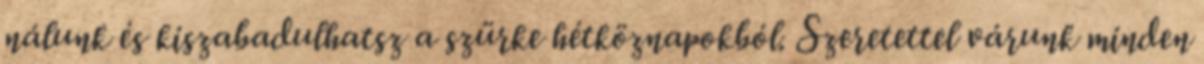
nálunk és kiszabadulhatsz a szürke hétköznapokból. Szeretettel várunk minden